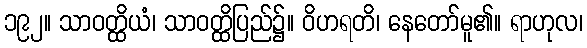
၁၉၂။ သာဝတ္ထိယံ၊ သာဝတ္ထိပြည်၌။ ဝိဟရတိ၊ နေတော်မူ၏။ ရာဟုလ၊